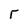
Character: r